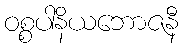
ဝစ္စပါနိယဘောဇနီ